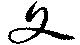
文